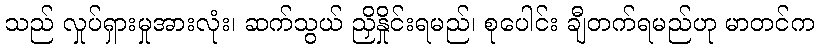
သည် လှုပ်ရှားမှုအားလုံး၊ ဆက်သွယ် ညှိနှိုင်းရမည်၊ စုပေါင်း ချီတက်ရမည်ဟု မာတင်က